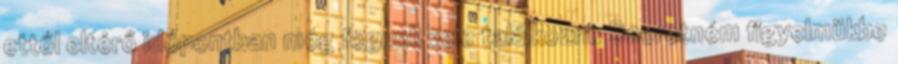
ettől eltérő időpontban még fogunk vele találkozni. Szeretném figyelmükbe